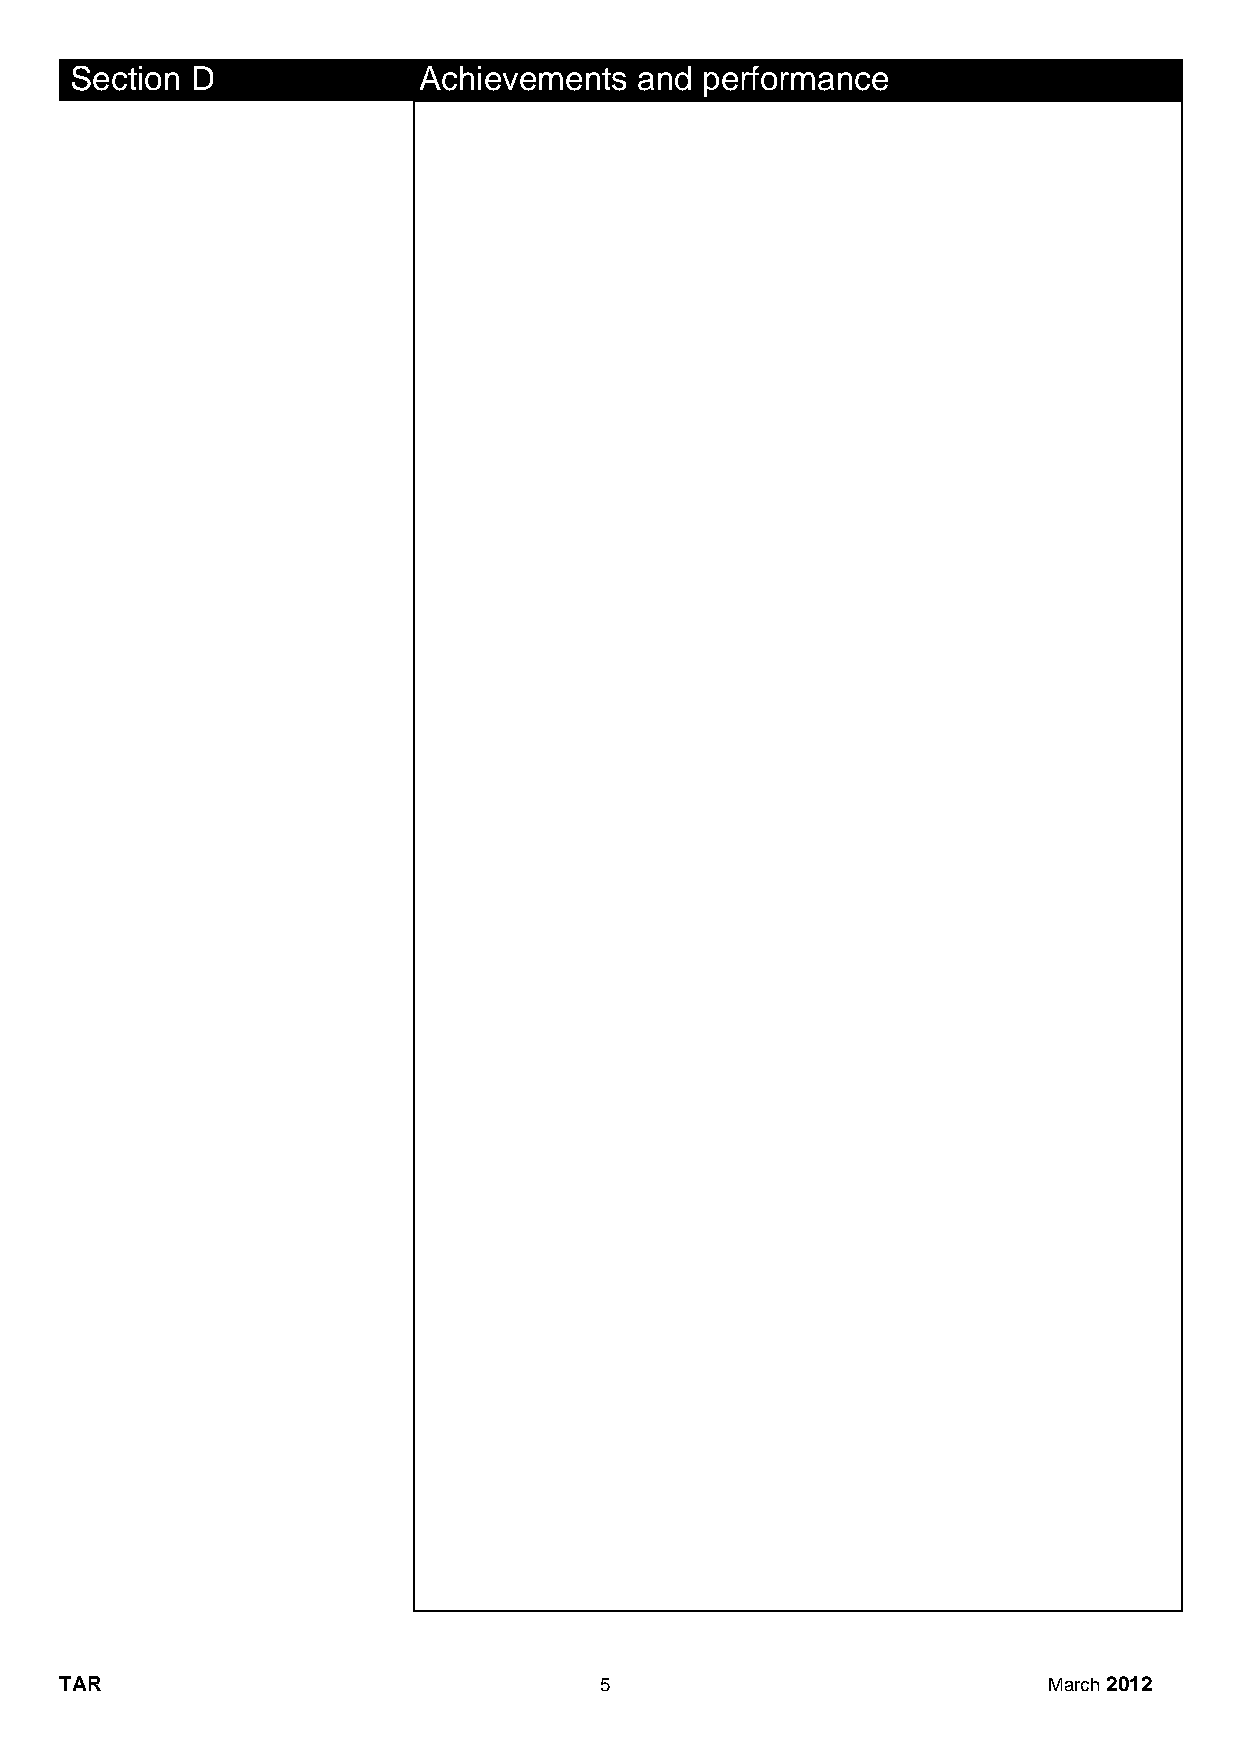
Section D              Achievements  and performance
 TAR                                 5                            March 2012